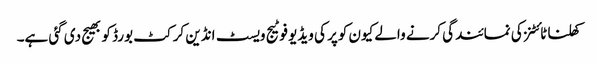
کھلنا ٹائٹنز کی نمائندگی کرنے والے کیون کوپر کی ویڈیو فوٹیج ویسٹ انڈین کرکٹ بورڈ کو بھیج دی گئی ہے۔